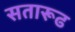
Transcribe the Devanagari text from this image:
सतारूढ